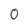
Character: 0